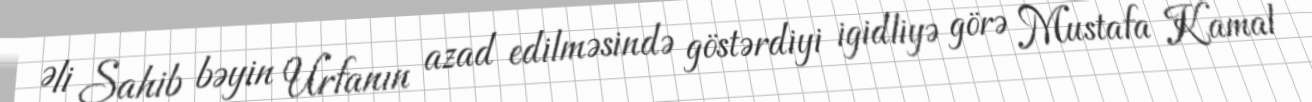
Əli Sahib bəyin Urfanın azad edilməsində göstərdiyi igidliyə görə Mustafa Kamal